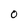
Character: 0